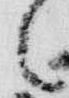
之